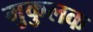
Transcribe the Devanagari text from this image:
मुकुलक